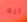
انه